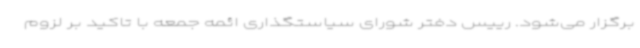
برگزار می‌شود. رییس دفتر شورای سیاستگذاری ائمه جمعه با تاکید بر لزوم